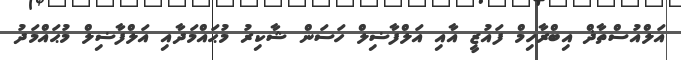
އަލްއުސްތާޛް އިބްރާހިމް ފައުޒީ އާއި އަލްފާޟިލް ހަސަން ޝާކިރު މުޙައްމަދާއި އަލްފާޟިލް މުޙައްމަދު